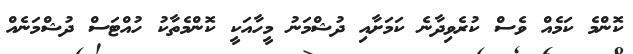
ކޮންމެ ކަމެއް ވެސް ކުރެވިދާނެ ކަމަށާއި ދުޝްމަނު މީހާއަކީ ކޮންމެތާކު ހުއްޓަސް ދުޝްމަނެއް